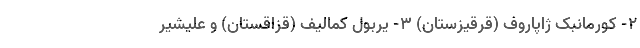
۲- کورمانبک ژاپاروف (قرقیزستان) ۳- یربول کمالیف (قزاقستان) و علیشیر